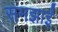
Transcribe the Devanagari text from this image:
समझाईं